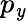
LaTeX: p_{\mathit{y}}